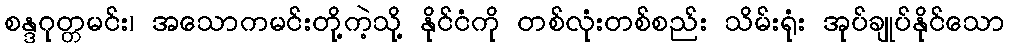
စန္ဒဂုတ္တမင်း၊ အသောကမင်းတို့ကဲ့သို့ နိုင်ငံကို တစ်လုံးတစ်စည်း သိမ်းရုံး အုပ်ချုပ်နိုင်သော